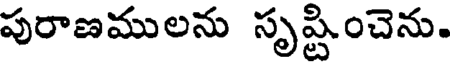
పురాణములను సృష్టించెను.